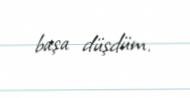
başa düşdüm.